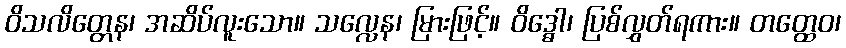
ဝိသလိတ္တေန၊ အဆိပ်လူးသော။ သလ္လေန၊ မြားဖြင့်။ ဝိဒ္ဓေါ၊ ပြစ်လွှတ်ရကား။ တတ္ထေဝ၊